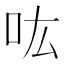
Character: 吰